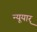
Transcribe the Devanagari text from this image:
न्यूयार्